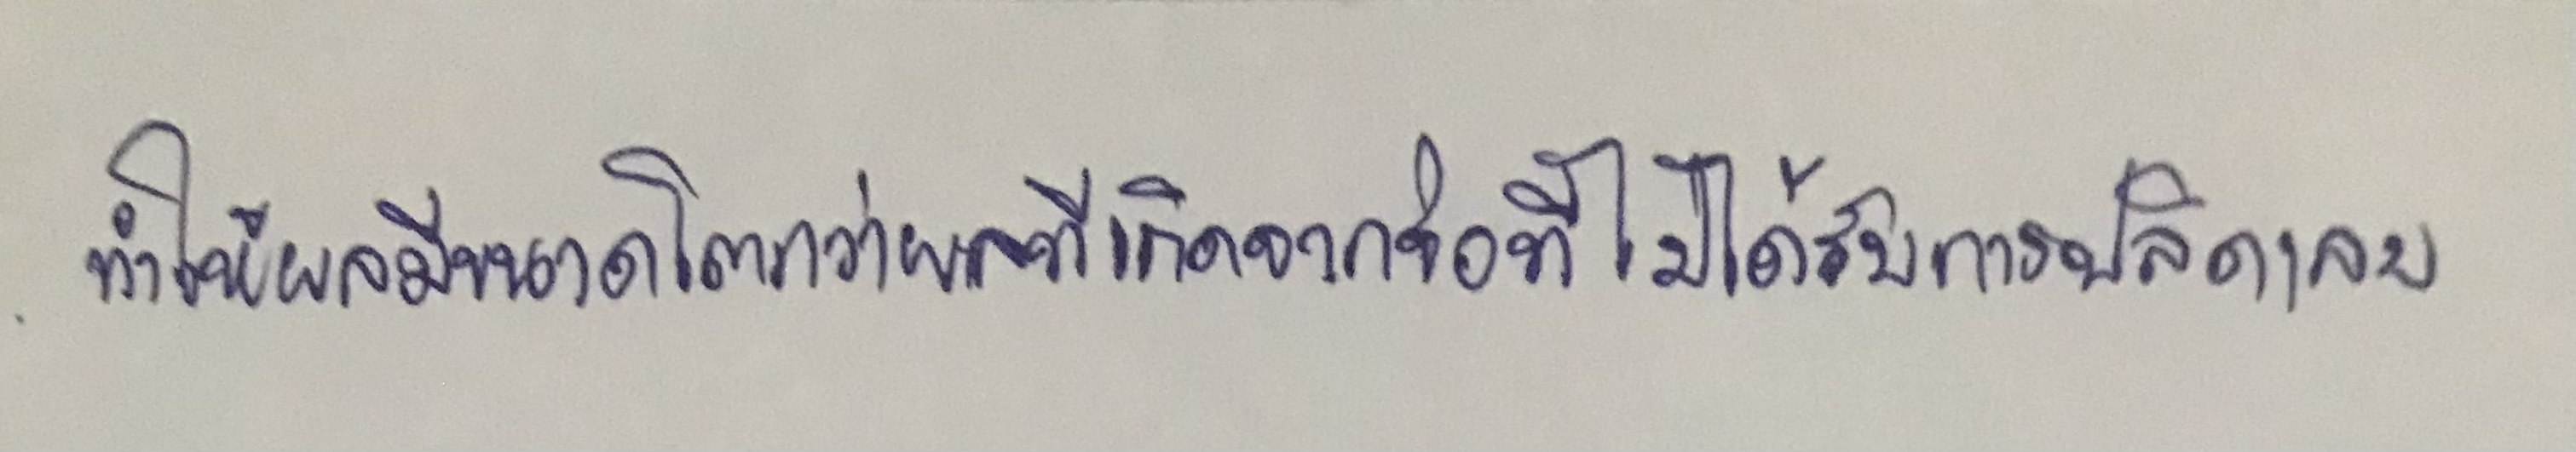
ทำให้ผลมีขนาดโตกว่าผลที่เกิดจากช่อที่ไม่ได้รับการปลิดเลย